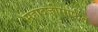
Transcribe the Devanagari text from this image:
महादजीमार्फत